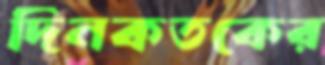
দিনকতকের